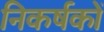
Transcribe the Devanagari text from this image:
निकर्षकों